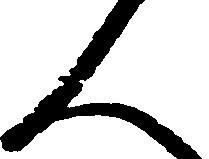
人